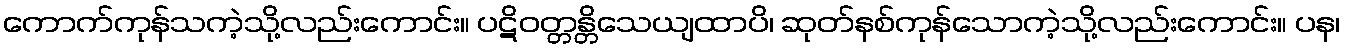
ကောက်ကုန်သကဲ့သို့လည်းကောင်း။ ပဋိဝတ္တန္တိသေယျထာပိ၊ ဆုတ်နစ်ကုန်သောကဲ့သို့လည်းကောင်း။ ပန၊